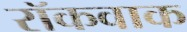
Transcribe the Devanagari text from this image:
रॉकवाक